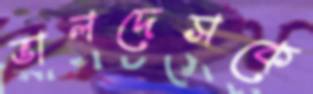
ভালদেসকে